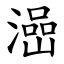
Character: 澏